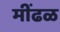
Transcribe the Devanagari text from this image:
मींढळ